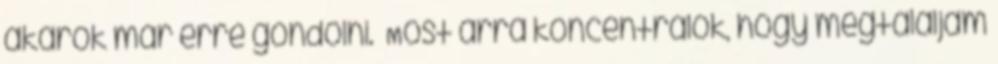
akarok már erre gondolni. Most arra koncentrálok, hogy megtaláljam